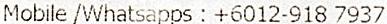
MOBILE /WHATSAPPS : +6012-918 7937